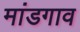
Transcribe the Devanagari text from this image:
मांडगाव